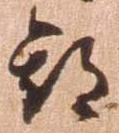
期